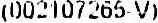
(002107265-V)